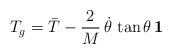
LaTeX: \begin{align*}T_g={\bar T}-\frac{2}{M}\,{\dot \theta}\,\tan\theta\,\bf{1}\end{align*}